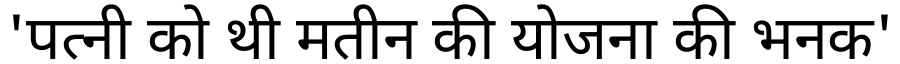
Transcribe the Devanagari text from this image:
'पत्नी को थी मतीन की योजना की भनक'